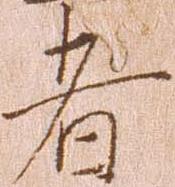
者